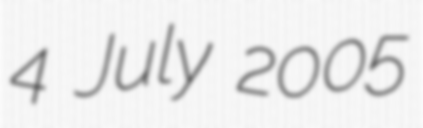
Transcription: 4 July 2005